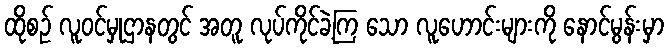
ထိုစဉ် လူဝင်မှုဌာနတွင် အတူ လုပ်ကိုင်ခဲ့ကြ သော လူဟောင်းများကို နောင်မွန်းမှာ